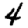
Digit: 4